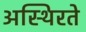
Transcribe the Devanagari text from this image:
अस्थिरते